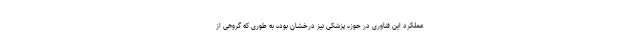
عملکرد این فناوری در حوزه پزشکی نیز درخشان بوده به طوری که گروهی از